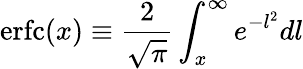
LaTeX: \mathrm{erfc}(x)\equiv\frac{2}{\sqrt{\pi}}\int_{x}^{\infty}e^{-l^{2}}dl